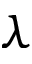
\lambda